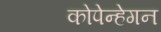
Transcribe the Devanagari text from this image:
कोपेन्हेगन